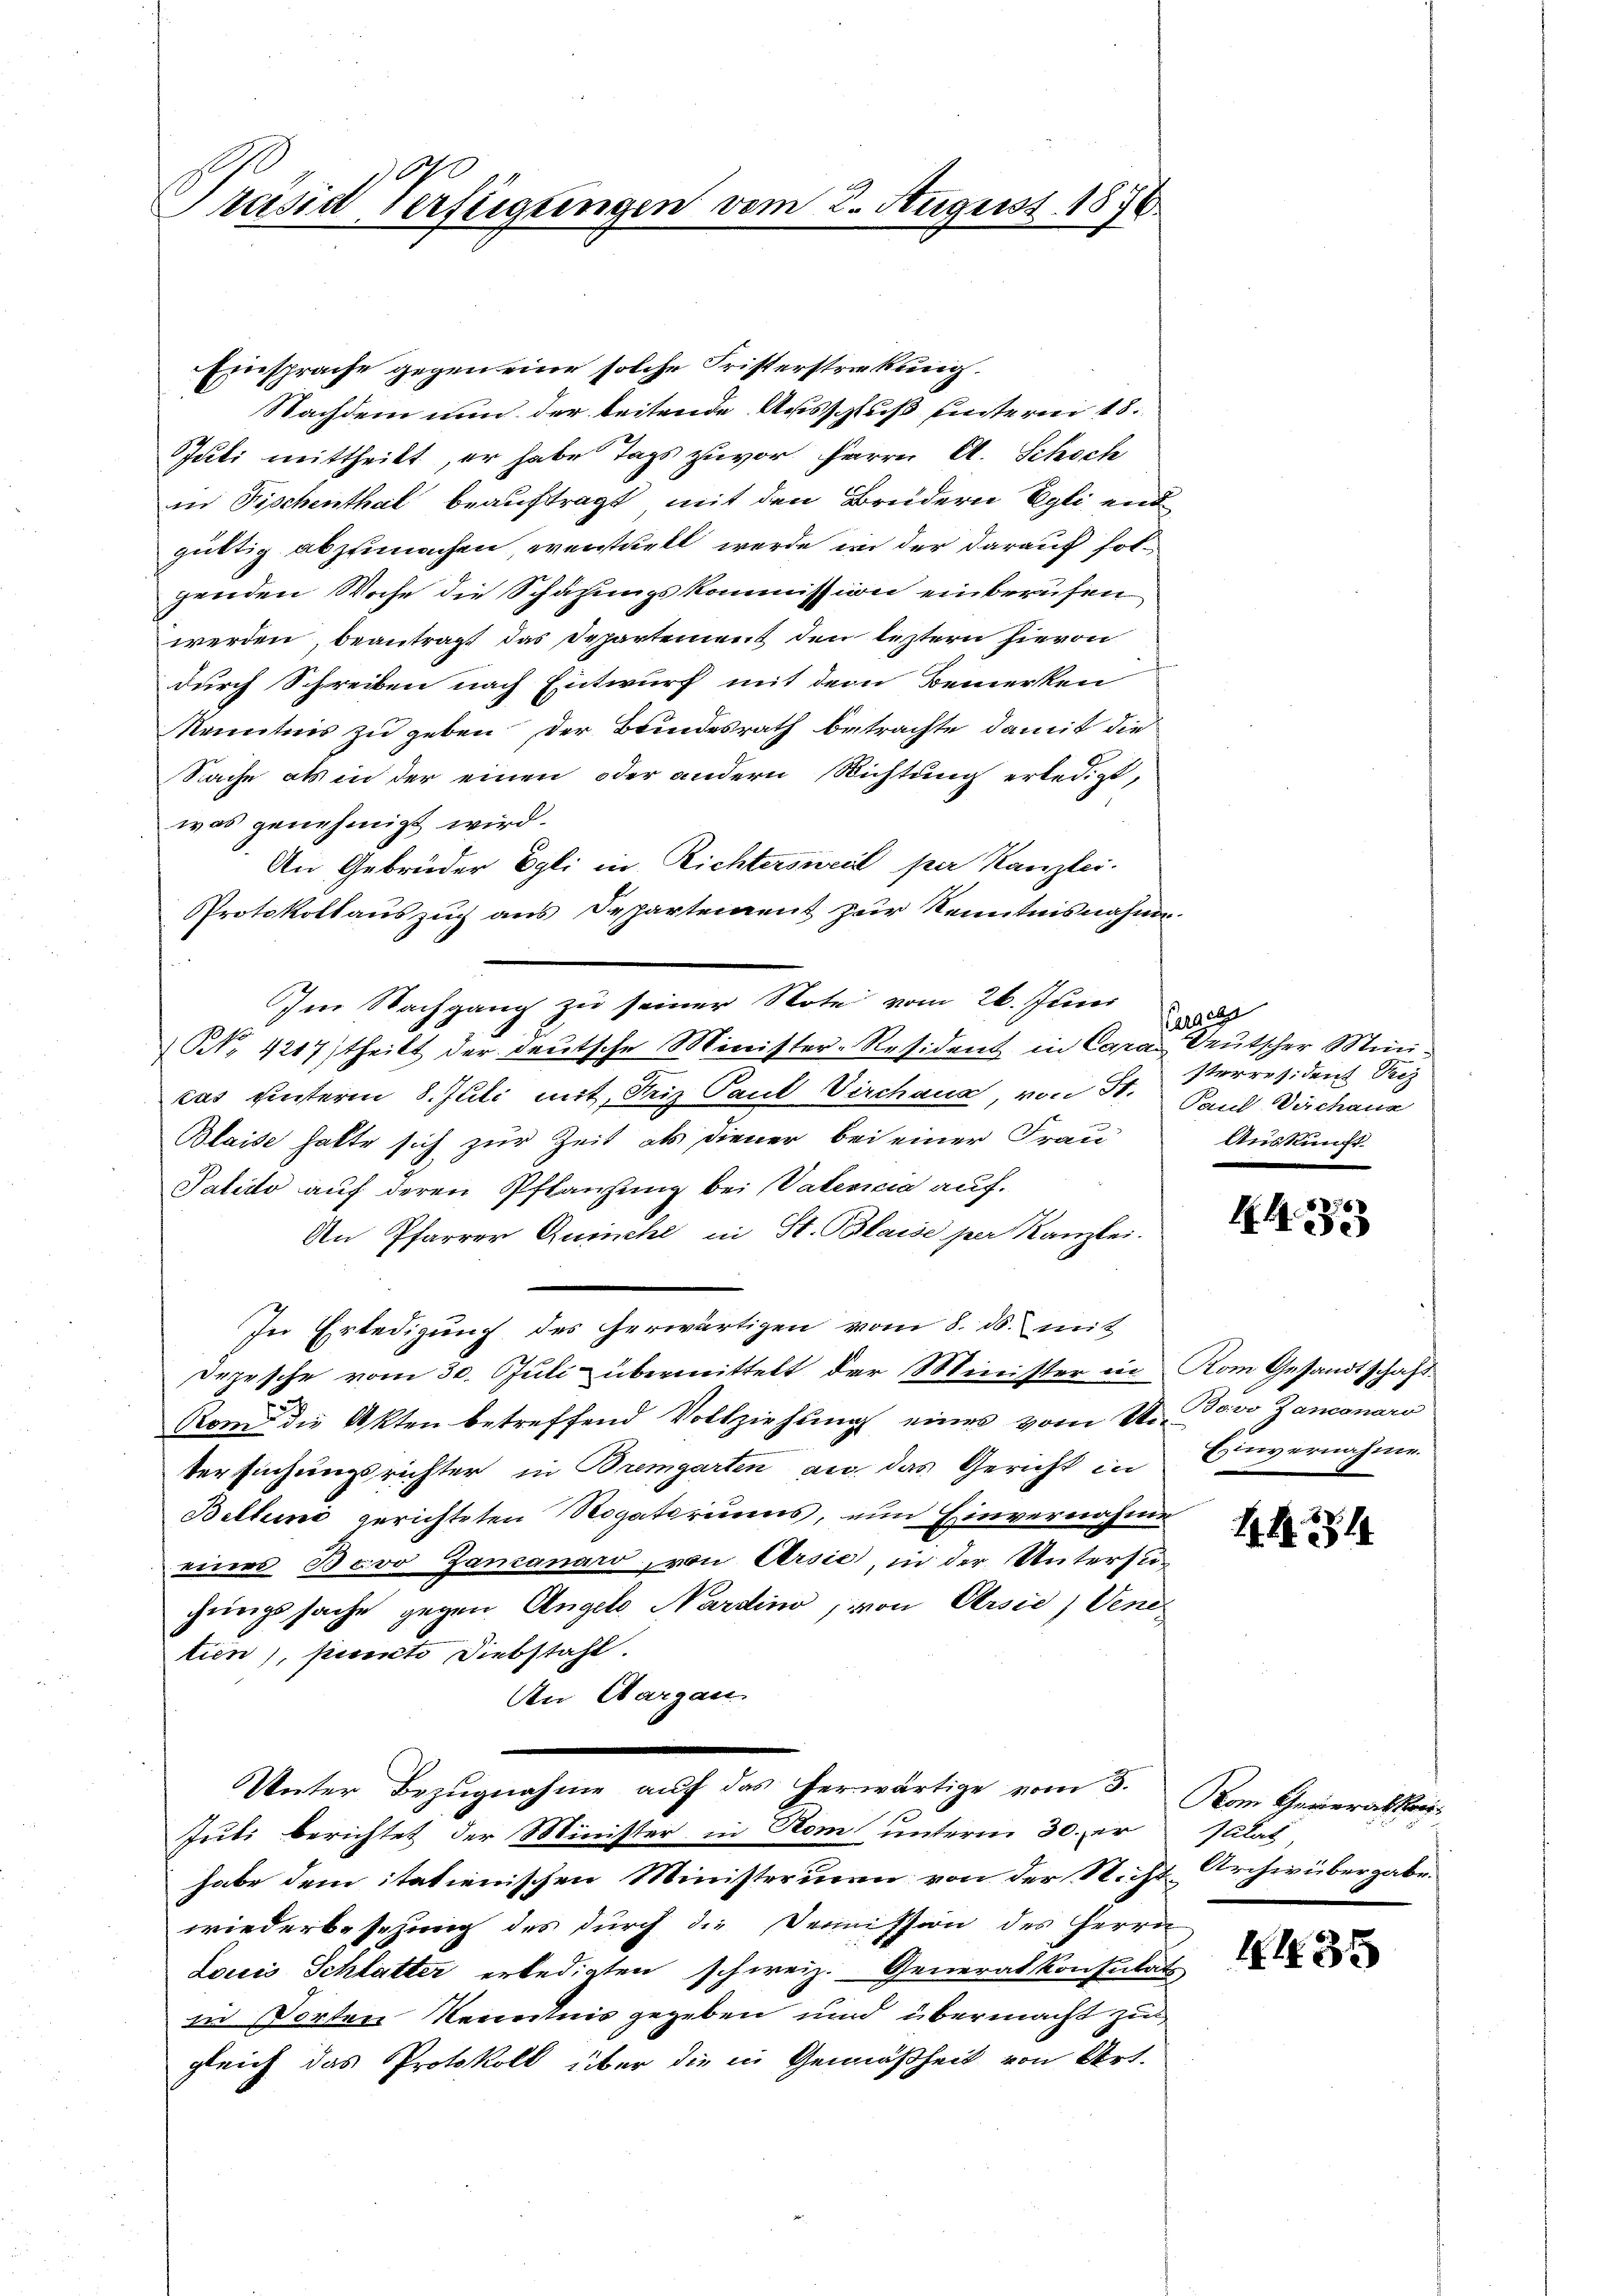
Präsid Verfügungen vom 2. August 1876.

Einsprache gegen eine solche Fristerstreckung
Nachdem nun der leitende Ausschluß untern 18.
Juli mittheilt, er habe Tags zuvor Herrn A. Schoch
in Fischenthal beauftragt mit den Breidern Egli end
gültig abzumachen, eventuell werde in der darauf folgenden Woche die Schazungskommission einberufen
werden, beantragt das Departement den leztern hievon
durch Schreiben nach Entwurf mit dem Bemerken
Kenntnis zu geben, der Brindesrath betrachte damit die
Sache als in der einen oder andern Richtung erledigt,
was genehmigt wird.
An Gebrüder Egli in Richtersweil par Kanzlei.
Protokollauszug aus Departement zur Kenntnisnahme.
Im Nachgang zu seiner Note vom 26. Juni
NNo. 4217 (theilt der deutsche Minister-Resident in Cara Deutscher Minicas hinterm 8. Juli mit, Friz Paul Virchaus, von St. Paul Döchana
Blaise hatte sich zur Zeit als diener bei einer Frau
Palido auf deren Pflanzung bei Vatercia auf.
An Pfarrer Quinche in St. Blaise per Kanzlei.
e
In Erledigung des herwärtigen vom 8. ds. mit
Depesche vom 30. Juli übermittelt der Minister in Kom Gesandtschaft.
Rom die Akten betreffend Vollziehung eines vom V. Davo Zancanaro
Versuchungsrichter in Bremgarten an das Gericht in
Belten gerichteten Rogatoriums, nun Einvernahme
eines Bevo Zanzanaro, von Arsie, in der Untersuchungssache gegen Angel Nardino, von Chisie, Vene
tien), picento Diebstahl.
An Aargau
Unter Bezugnahme auf das herwärtige vom 3.
Juti berichtet der Minister in Rom unterm 30. er
habe dem itatienischen Ministerium von der Nicht
wiederbesezung des durch die Demmission des Herrn
Louis Schlatter erledigten schweiz. Generalkonsulat
in Vorten Kenntnis gegeben und übermacht zu
gleich das Protokoll über die in Gemäßheit von Art.

Perach
sterresiden Verz
Auskunft

HA

Einvernahme.

4434

Kom Generalkon
Jalat
Archivübergabe.

1435